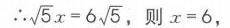
$\therefore \sqrt{5}x = 6\sqrt{5}$，则$x = 6$，